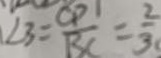
\angle 3 = \frac { C D 1 } { B C } = \frac { 2 } { 3 }